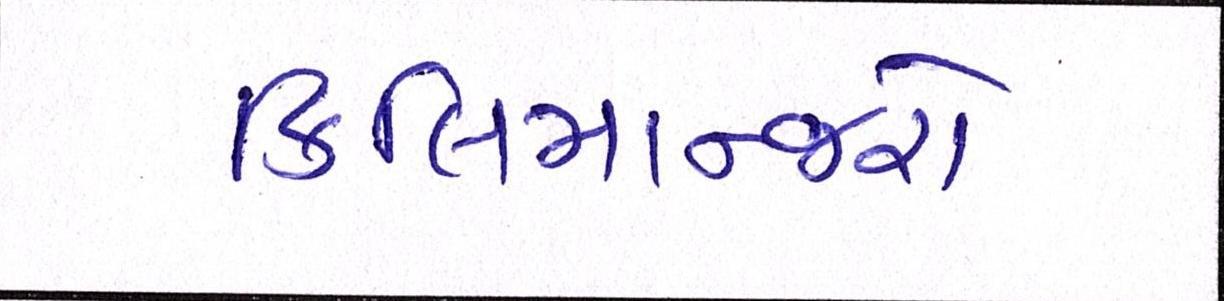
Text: કિલિમાન્જરો